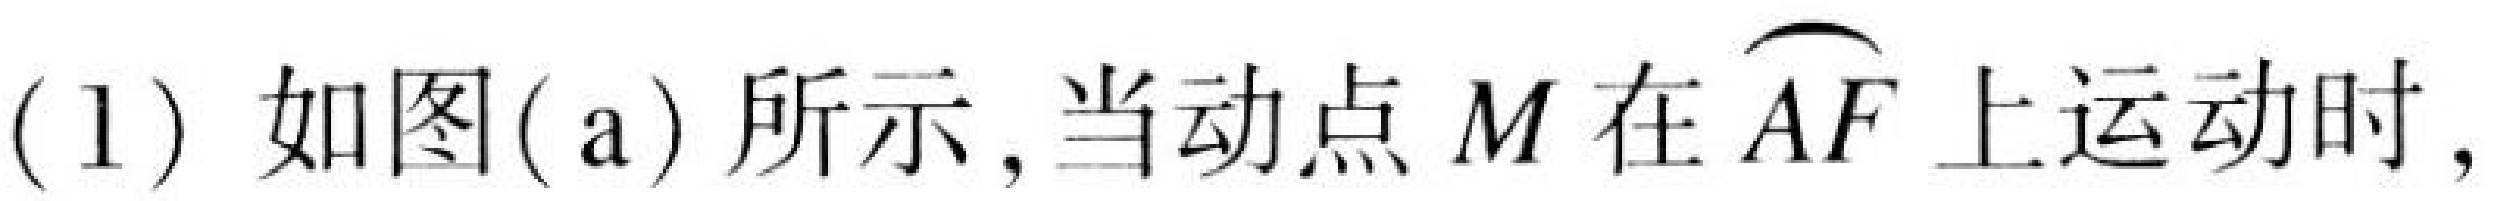
(1) 如图(a)所示,当动点$M$在$\overset{\frown}{AF}$上运动时,